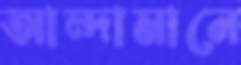
আন্দামানে